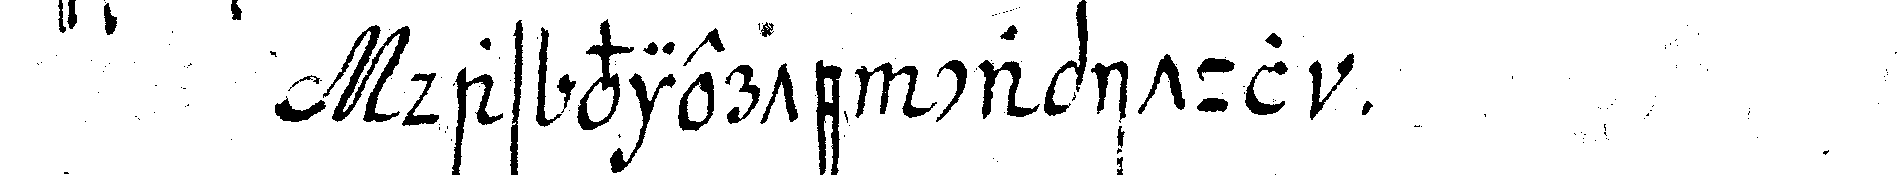
das vierte capitul .